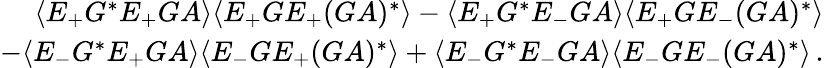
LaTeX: \begin{array}{r}{\langle E_{+}G^{*}E_{+}GA\rangle\langle E_{+}GE_{+}(GA)^{*}\rangle-\langle E_{+}G^{*}E_{-}GA\rangle\langle E_{+}GE_{-}(GA)^{*}\rangle}\\ {-\langle E_{-}G^{*}E_{+}GA\rangle\langle E_{-}GE_{+}(GA)^{*}\rangle+\langle E_{-}G^{*}E_{-}GA\rangle\langle E_{-}GE_{-}(GA)^{*}\rangle\, .}\end{array}